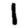
Digit: 1